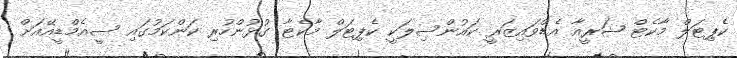
ކެޕިޓަލް މާކެޓް ޝަރީއާ އެޑްވައިޒަރީ ކައުންސިލަކީ ކެޕިޓަލް މާކެޓާ ގުޅުންހުރި ކަންކަމުގައި ސީއެމްޑީއޭއަށް